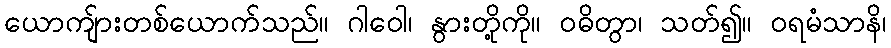
ယောကျ်ားတစ်ယောက်သည်။ ဂါဝေါ၊ နွားတို့ကို။ ဝဓိတွာ၊ သတ်၍။ ဝရမံသာနိ၊